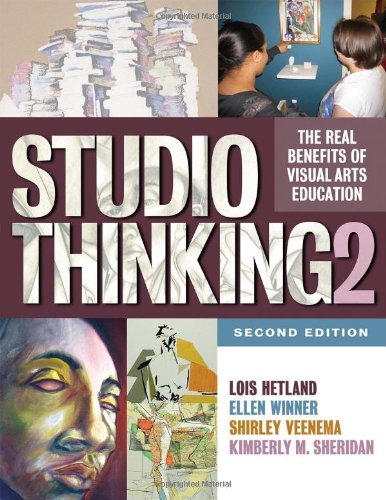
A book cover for Studio Thinking 2: The Real Benefits of Visual Arts Education; Lois Hetland; Arts & Photography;